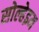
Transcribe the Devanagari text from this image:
सोल्हेइम